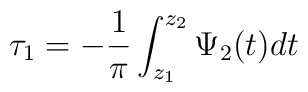
\tau_{1}=-\frac{1}{\pi}\int_{z_{1}}^{z_{2}}\Psi_{2}(t)dt